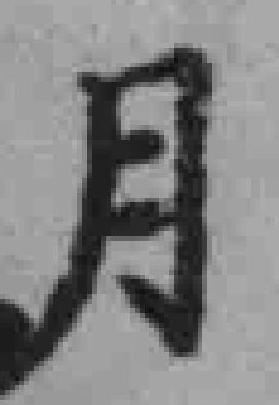
月